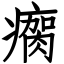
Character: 瘸